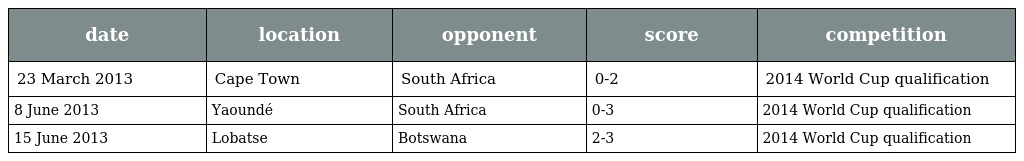
| date | location | opponent | score | competition |
 | --- | --- | --- | --- | --- |
 | 23 March 2013 | Cape Town | South Africa | 0-2 | 2014 World Cup qualification |
 | 8 June 2013 | Yaoundé | South Africa | 0-3 | 2014 World Cup qualification |
 | 15 June 2013 | Lobatse | Botswana | 2-3 | 2014 World Cup qualification |